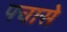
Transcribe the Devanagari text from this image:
पचासे